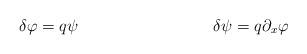
LaTeX: \begin{align*}\delta \varphi &= q\psi &\delta \psi &= q \partial_x \varphi\end{align*}